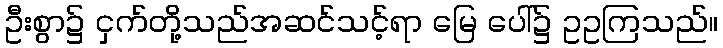
ဦးစွာ၌ ငှက်တို့သည်အဆင်သင့်ရာ မြေ ပေါ်၌ ဥဥကြသည်။